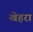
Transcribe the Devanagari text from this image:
खेहरा